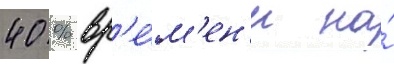
40 % вр'е́м'ен'и на́